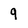
Character: 9